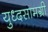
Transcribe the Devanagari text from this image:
युध्दसामग्री